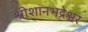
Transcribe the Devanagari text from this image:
श्रीशानभद्रेश्वर